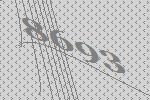
8693